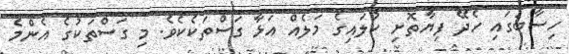
ހިސާބުގައި ހެދޭ ފިޔާތޮށި ކުލައިގެ މަލެއް އަޅާ ގަސްތަކެކެވެ. މި ގަސްތަކުގެ އެންމެ